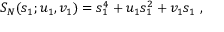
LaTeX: S _ { N } ( s _ { 1 } ; u _ { 1 } , v _ { 1 } ) = s _ { 1 } ^ { 4 } + u _ { 1 } s _ { 1 } ^ { 2 } + v _ { 1 } s _ { 1 } \; ,